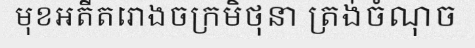
មុខអតីតរោងចក្រមិថុនា ត្រង់ចំណុច